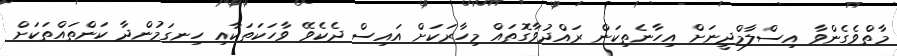
މާތްވެގެންވާ އިސްލާމްދީނަށް އިހާނެތިކަން ރައްދުވާގޮތައް މިހާރަކަށް އައިސް ދެކެވޭ ވާހަކަތަކާއި ހިނގަމުންދާ ކަންތައްތަކަށް